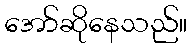
အော်ဆိုနေသည်။